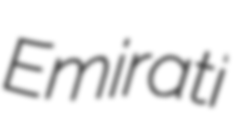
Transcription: Emirati